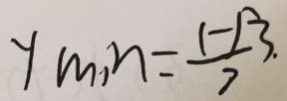
y m , n = \frac { 1 - 1 3 } { 7 }